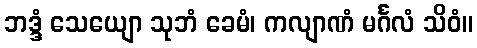
ဘဒ္ဒံ သေယျော သုဘံ ခေမံ၊ ကလျာဏံ မင်္ဂလံ သိဝံ။